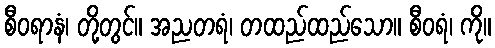
စီဝရာနံ၊ တို့တွင်။ အညတရံ၊ တထည်ထည်သော။ စီဝရံ၊ ကို။